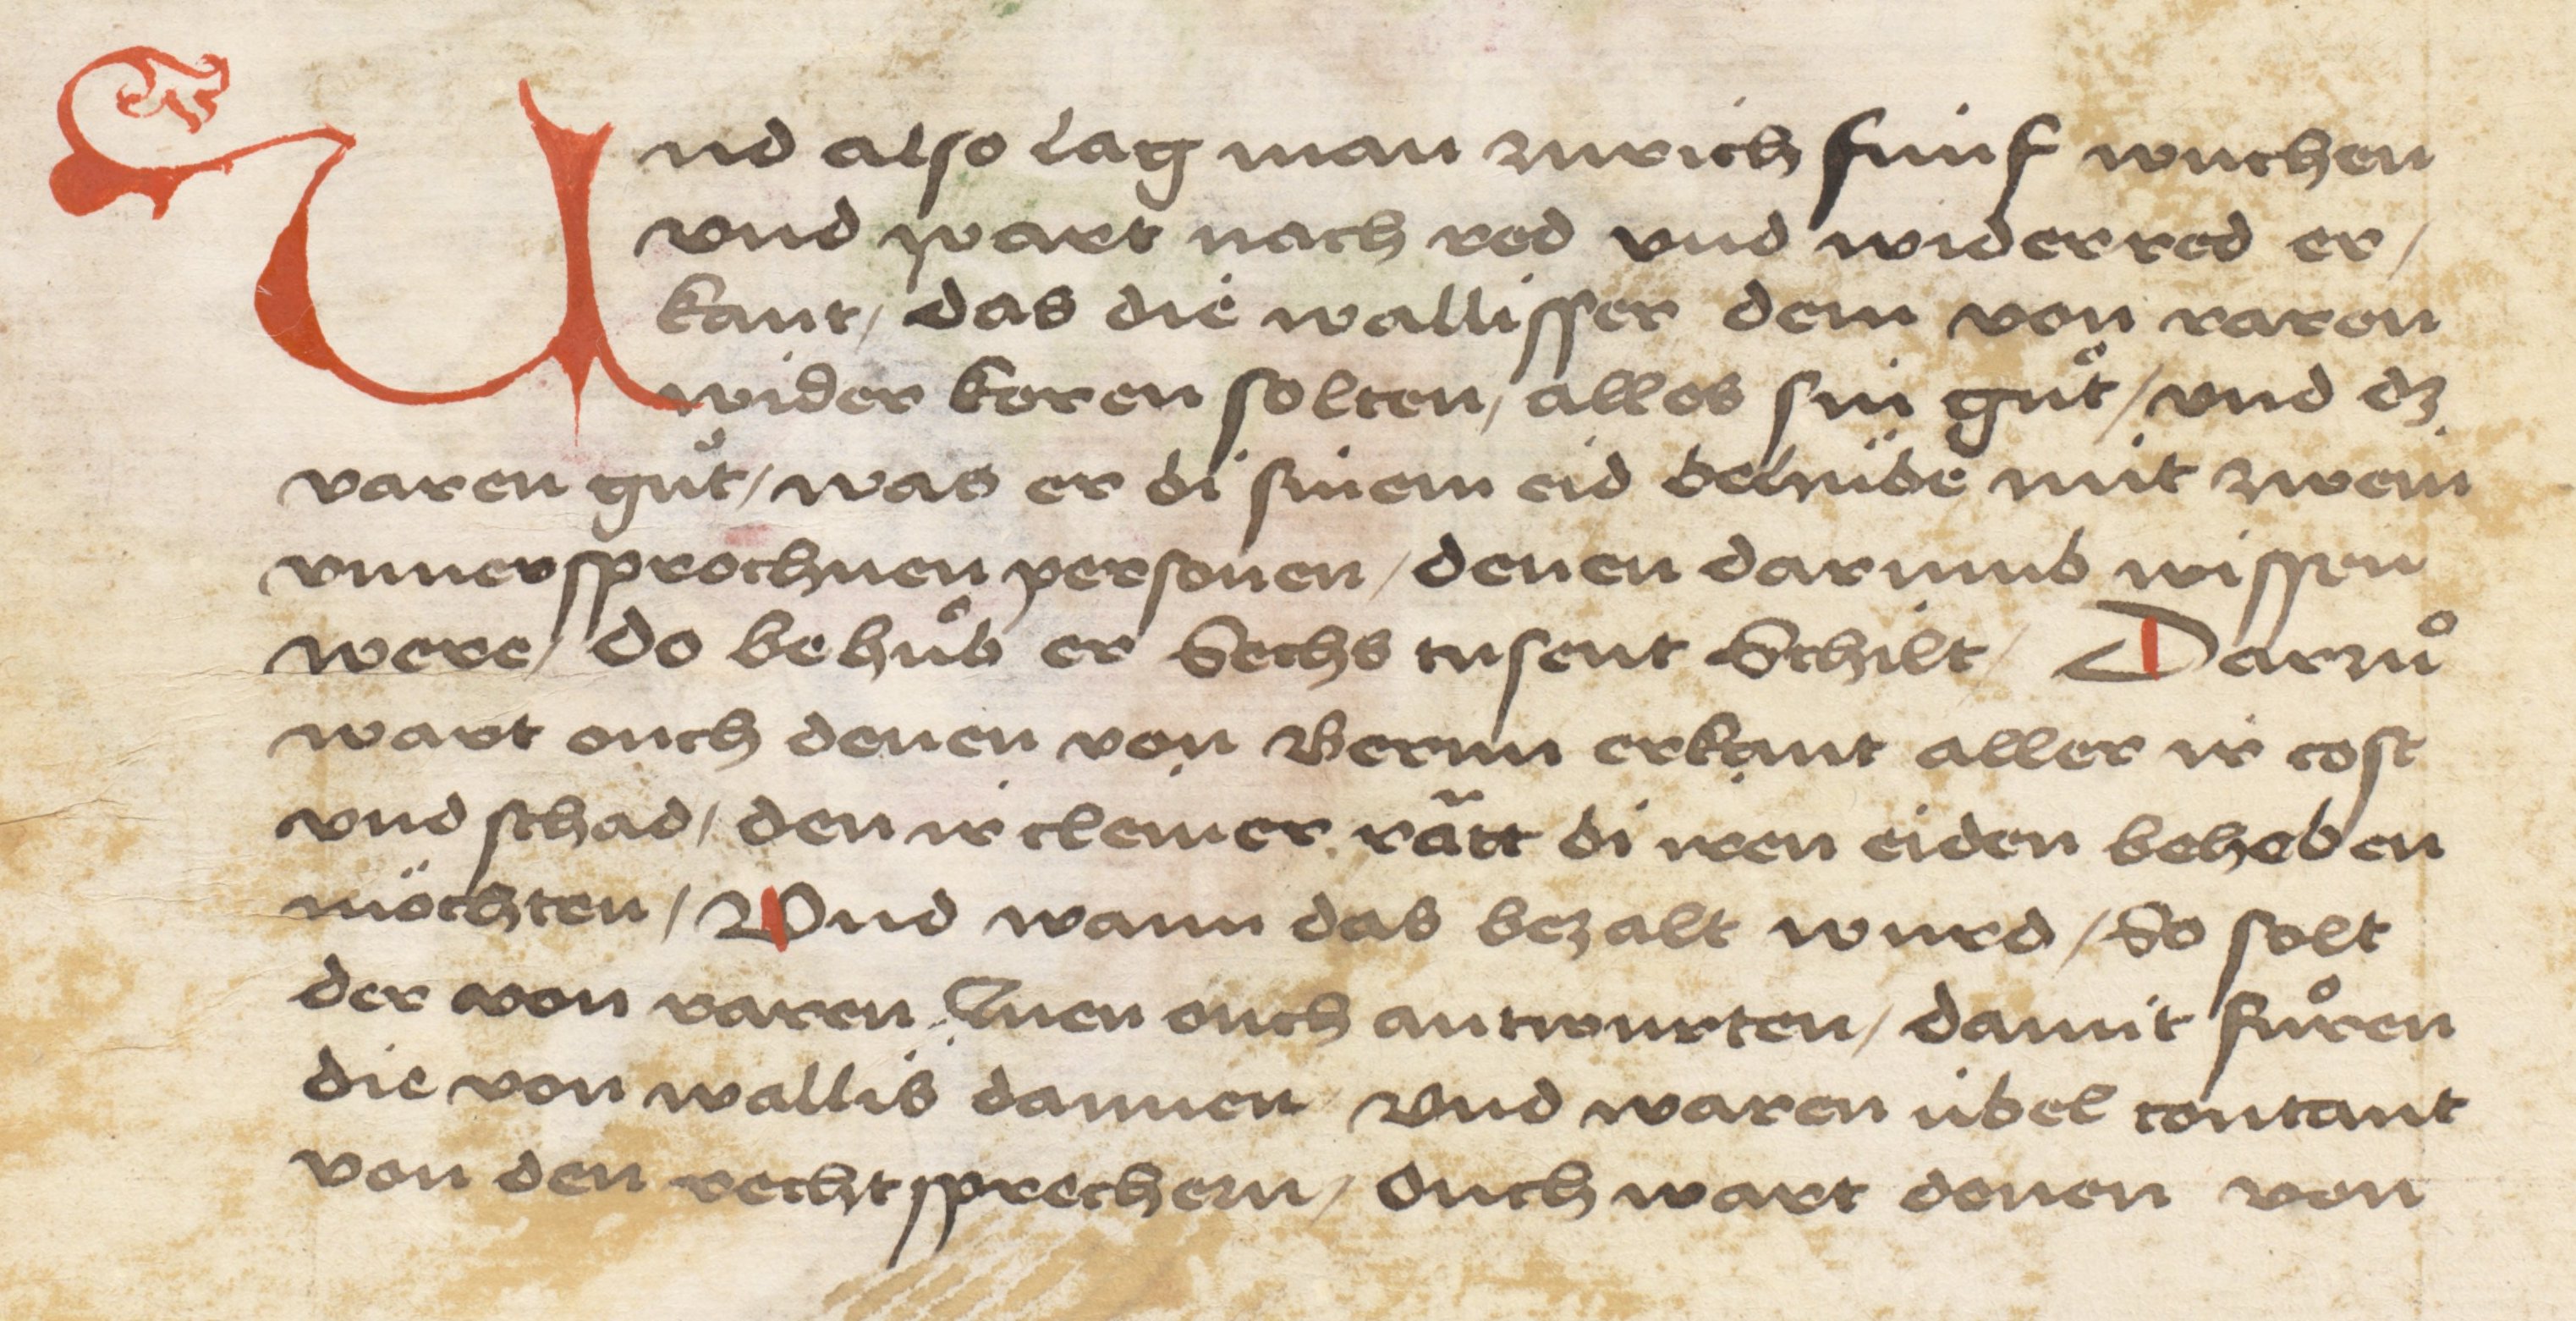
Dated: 1484–1485